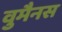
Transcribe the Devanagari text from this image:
वुमैनस